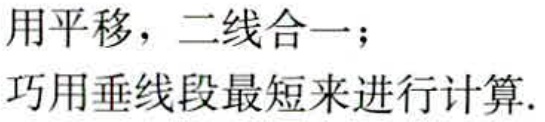
用平移，二线合一；

巧用垂线段最短来进行计算.